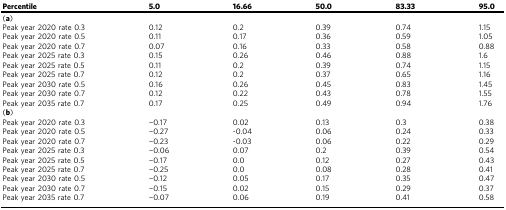
<table><thead><tr><td><b>Percentile</b></td><td><b>5.0</b></td><td><b>16.66</b></td><td><b>50.0</b></td><td><b>83.33</b></td><td><b>95.0</b></td></tr></thead><tbody><tr><td>(<b>a</b>)</td><td></td><td></td><td></td><td></td><td></td></tr><tr><td>Peak year 2020 rate 0.3</td><td>0.12</td><td>0.2</td><td>0.39</td><td>0.74</td><td>1.15</td></tr><tr><td>Peak year 2020 rate 0.5</td><td>0.11</td><td>0.17</td><td>0.36</td><td>0.59</td><td>1.05</td></tr><tr><td>Peak year 2020 rate 0.7</td><td>0.07</td><td>0.16</td><td>0.33</td><td>0.58</td><td>0.88</td></tr><tr><td>Peak year 2025 rate 0.3</td><td>0.15</td><td>0.26</td><td>0.46</td><td>0.88</td><td>1.6</td></tr><tr><td>Peak year 2025 rate 0.5</td><td>0.11</td><td>0.2</td><td>0.39</td><td>0.74</td><td>1.15</td></tr><tr><td>Peak year 2025 rate 0.7</td><td>0.12</td><td>0.2</td><td>0.37</td><td>0.65</td><td>1.16</td></tr><tr><td>Peak year 2030 rate 0.5</td><td>0.16</td><td>0.26</td><td>0.45</td><td>0.83</td><td>1.45</td></tr><tr><td>Peak year 2030 rate 0.7</td><td>0.12</td><td>0.22</td><td>0.43</td><td>0.78</td><td>1.55</td></tr><tr><td>Peak year 2035 rate 0.7</td><td>0.17</td><td>0.25</td><td>0.49</td><td>0.94</td><td>1.76</td></tr><tr><td>(<b>b</b>)</td><td></td><td></td><td></td><td></td><td></td></tr><tr><td>Peak year 2020 rate 0.3</td><td>−0.17</td><td>0.02</td><td>0.13</td><td>0.3</td><td>0.38</td></tr><tr><td>Peak year 2020 rate 0.5</td><td>−0.27</td><td>-0.04</td><td>0.06</td><td>0.24</td><td>0.33</td></tr><tr><td>Peak year 2020 rate 0.7</td><td>−0.23</td><td>-0.03</td><td>0.06</td><td>0.22</td><td>0.29</td></tr><tr><td>Peak year 2025 rate 0.3</td><td>−0.06</td><td>0.07</td><td>0.2</td><td>0.39</td><td>0.54</td></tr><tr><td>Peak year 2025 rate 0.5</td><td>−0.17</td><td>0.0</td><td>0.12</td><td>0.27</td><td>0.43</td></tr><tr><td>Peak year 2025 rate 0.7</td><td>−0.25</td><td>0.0</td><td>0.08</td><td>0.28</td><td>0.41</td></tr><tr><td>Peak year 2030 rate 0.5</td><td>−0.12</td><td>0.05</td><td>0.17</td><td>0.35</td><td>0.47</td></tr><tr><td>Peak year 2030 rate 0.7</td><td>−0.15</td><td>0.02</td><td>0.15</td><td>0.29</td><td>0.37</td></tr><tr><td>Peak year 2035 rate 0.7</td><td>−0.07</td><td>0.06</td><td>0.19</td><td>0.41</td><td>0.58</td></tr></tbody></table>